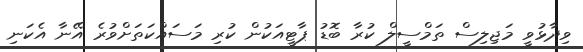
ވިދާޅުވީ މަޖިލިސް ތަމްސީލް ކުރާ ބޮޑު ޕާޓީއަކުން ކުރި މަސައްކަތަށްވުރެ އޭނާ އެކަނި